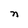
Character: n